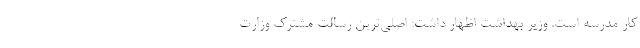
کار مدرسه است. وزیر بهداشت اظهار داشت: اصلی‌‌ترین رسالت مشترک وزارت